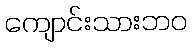
ကျောင်းသားဘဝ